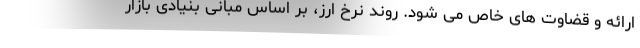
ارائه و قضاوت های خاص می شود. روند نرخ ارز، بر اساس مبانی بنیادی بازار